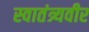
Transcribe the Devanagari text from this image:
स्‍वातंत्र्यवीर